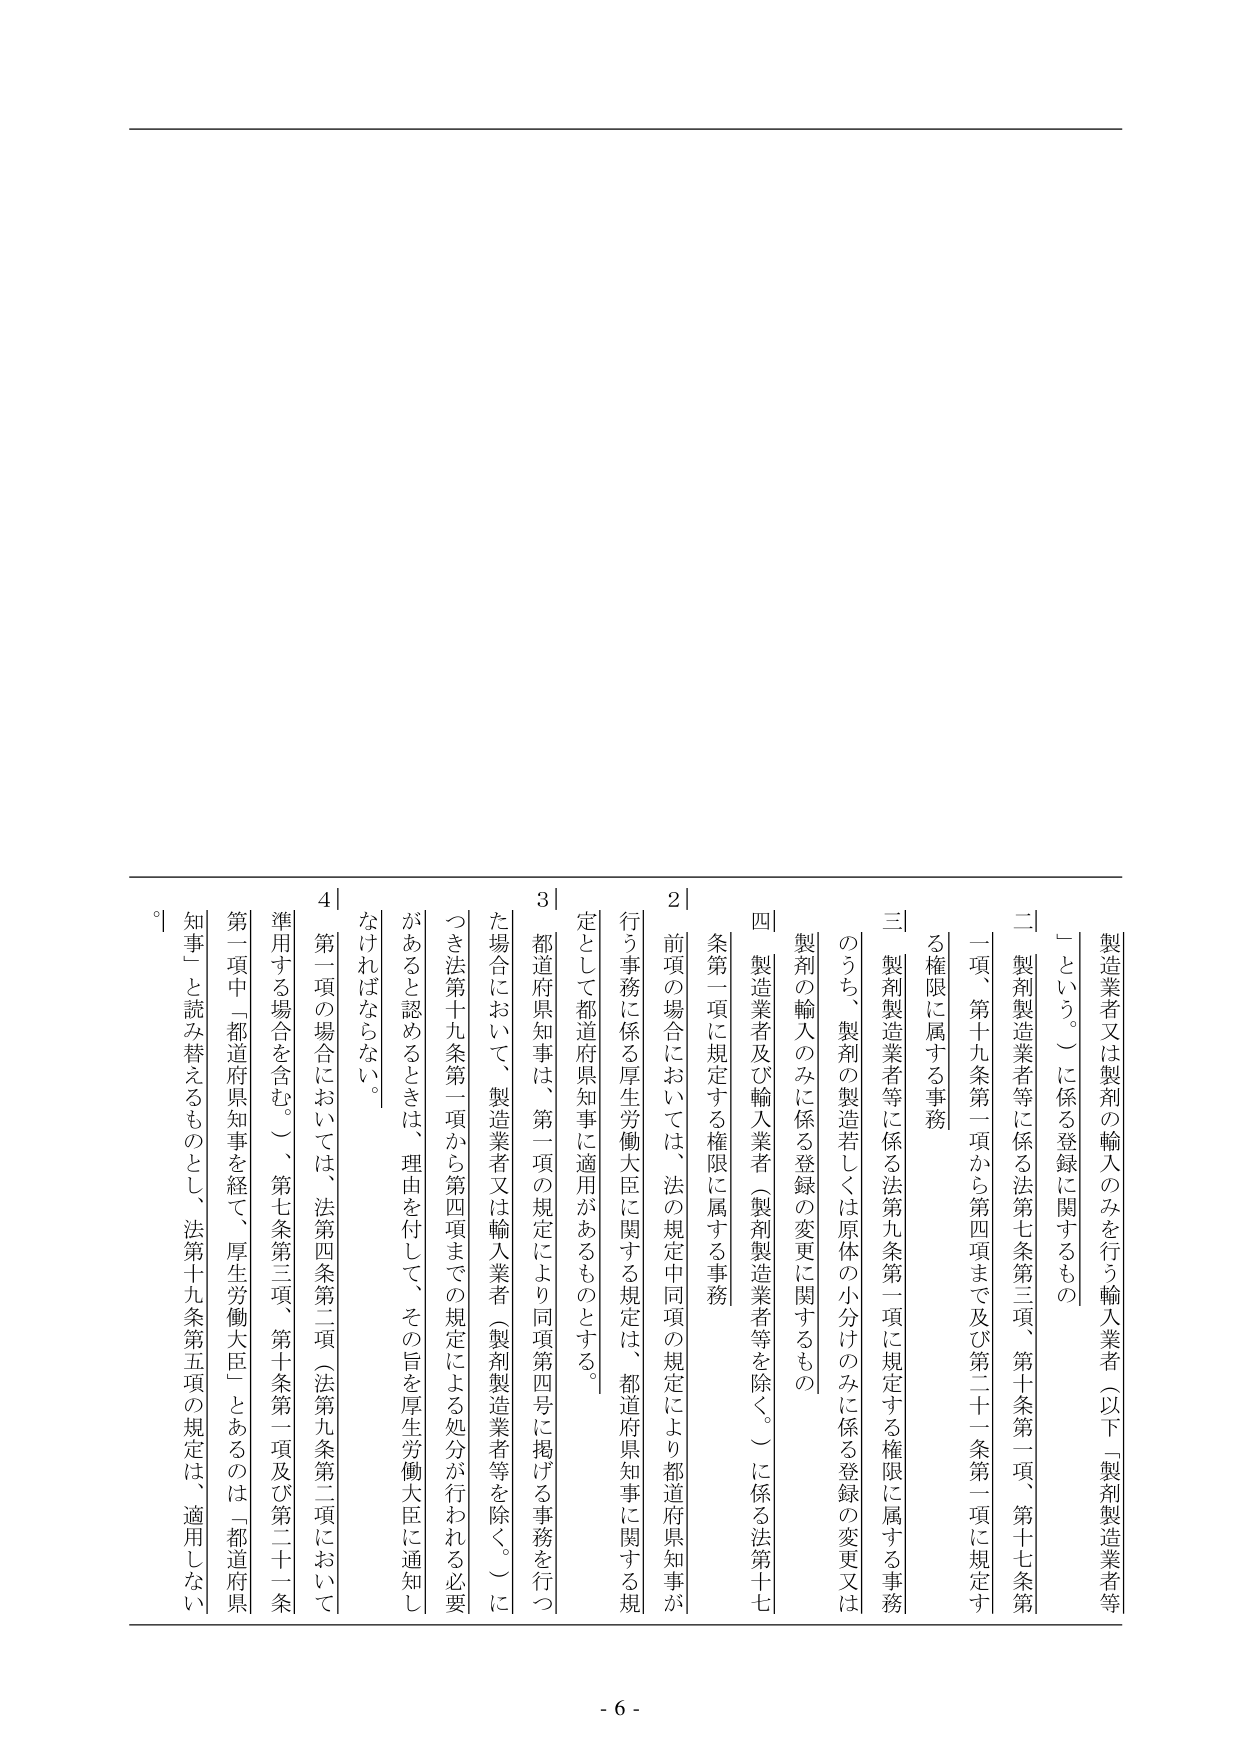
製造業者又は製剤の輸入のみを行う輸入業者（以下「製剤製造業者等」という。）に係る登録に関するもの

二 製剤製造業者等に係る法第七条第三項、第十条第一項、第十七条第一項、第十九条第一項から第四項まで及び第二十一条第一項に規定する権限に属する事務

三 製剤製造業者等に係る法第九条第一項に規定する権限に属する事務のうち、製剤の製造若しくは原体の小分けのみに係る登録の変更又は製剤の輸入のみに係る登録の変更に関するもの

四 製造業者及び輸入業者（製剤製造業者等を除く。）に係る法第十七条第一項に規定する権限に属する事務

２ 前項の場合においては、法の規定中同項の規定により都道府県知事が行う事務に係る厚生労働大臣に関する規定は、都道府県知事に関する規定として都道府県知事に適用があるものとする。

３ 都道府県知事は、第一項の規定により同項第四号に掲げる事務を行つた場合において、製造業者又は輸入業者（製剤製造業者等を除く。）につき法第十九条第一項から第四項までの規定による処分が行われる必要があると認めるときは、理由を付して、その旨を厚生労働大臣に通知しなければならない。

４ 第一項の場合においては、法第四条第二項（法第九条第二項において準用する場合を含む。）、第七条第三項、第十条第一項及び第二十一条第一項中「都道府県知事を経て、厚生労働大臣」とあるのは「都道府県知事」と読み替えるものとし、法第十九条第五項の規定は、適用しない。